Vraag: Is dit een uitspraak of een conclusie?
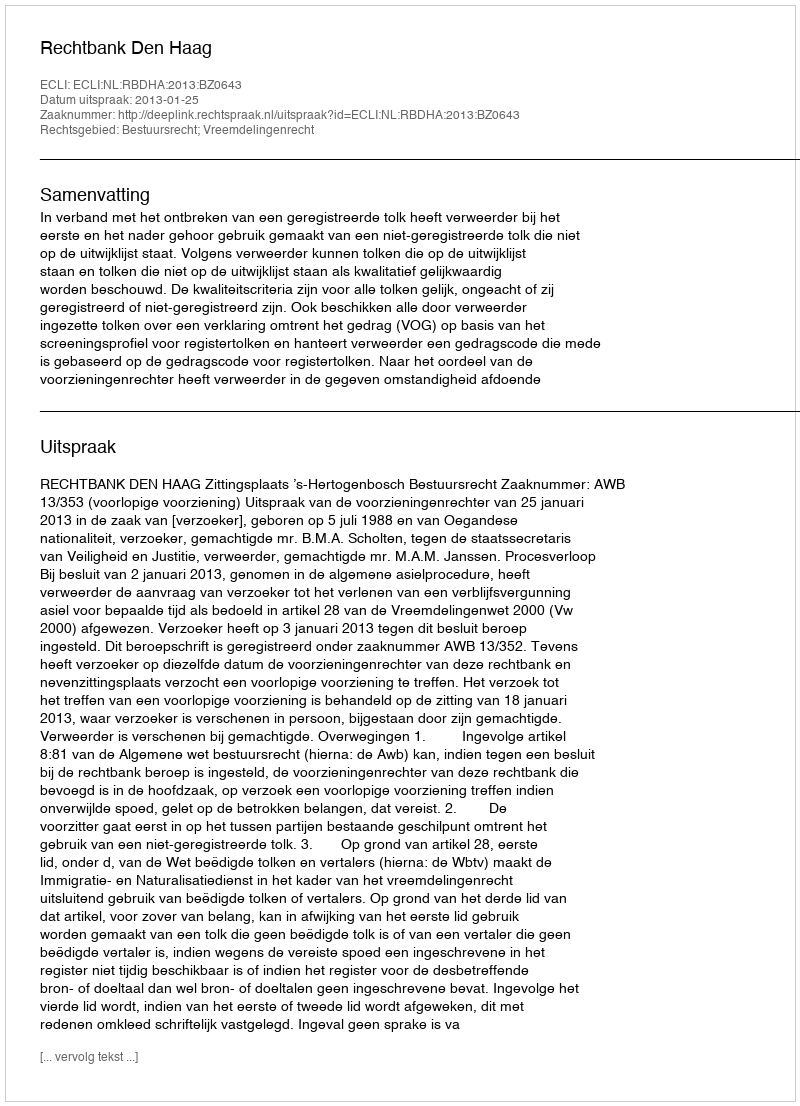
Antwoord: Uitspraak